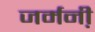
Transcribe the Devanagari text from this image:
जर्मनी़